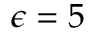
{ \epsilon } = 5